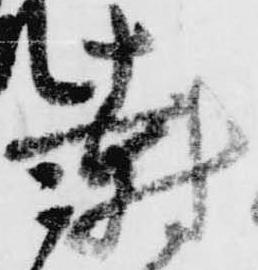
封